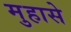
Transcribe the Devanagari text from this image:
मुहासे